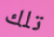
تلك